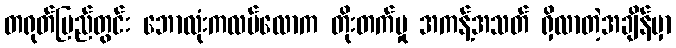
တရုတ်ပြည်တွင်း ဘောလုံးကလပ်လောက တိုးတက်မှု အကန့်အသတ် ရှိလာတဲ့အချိန်မှာ